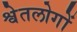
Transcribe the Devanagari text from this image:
श्वेतलोगों